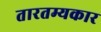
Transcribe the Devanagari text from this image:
तारतम्यकार